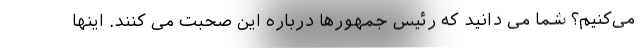
می‌کنیم؟ شما می دانید که رئیس جمهورها درباره این صحبت می کنند. اینها